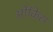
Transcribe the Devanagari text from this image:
ओंकिस